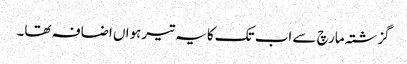
گزشتہ مارچ سے اب تک کا یہ تیرہواں اضافہ تھا۔